Magi,_Artur, lk 10
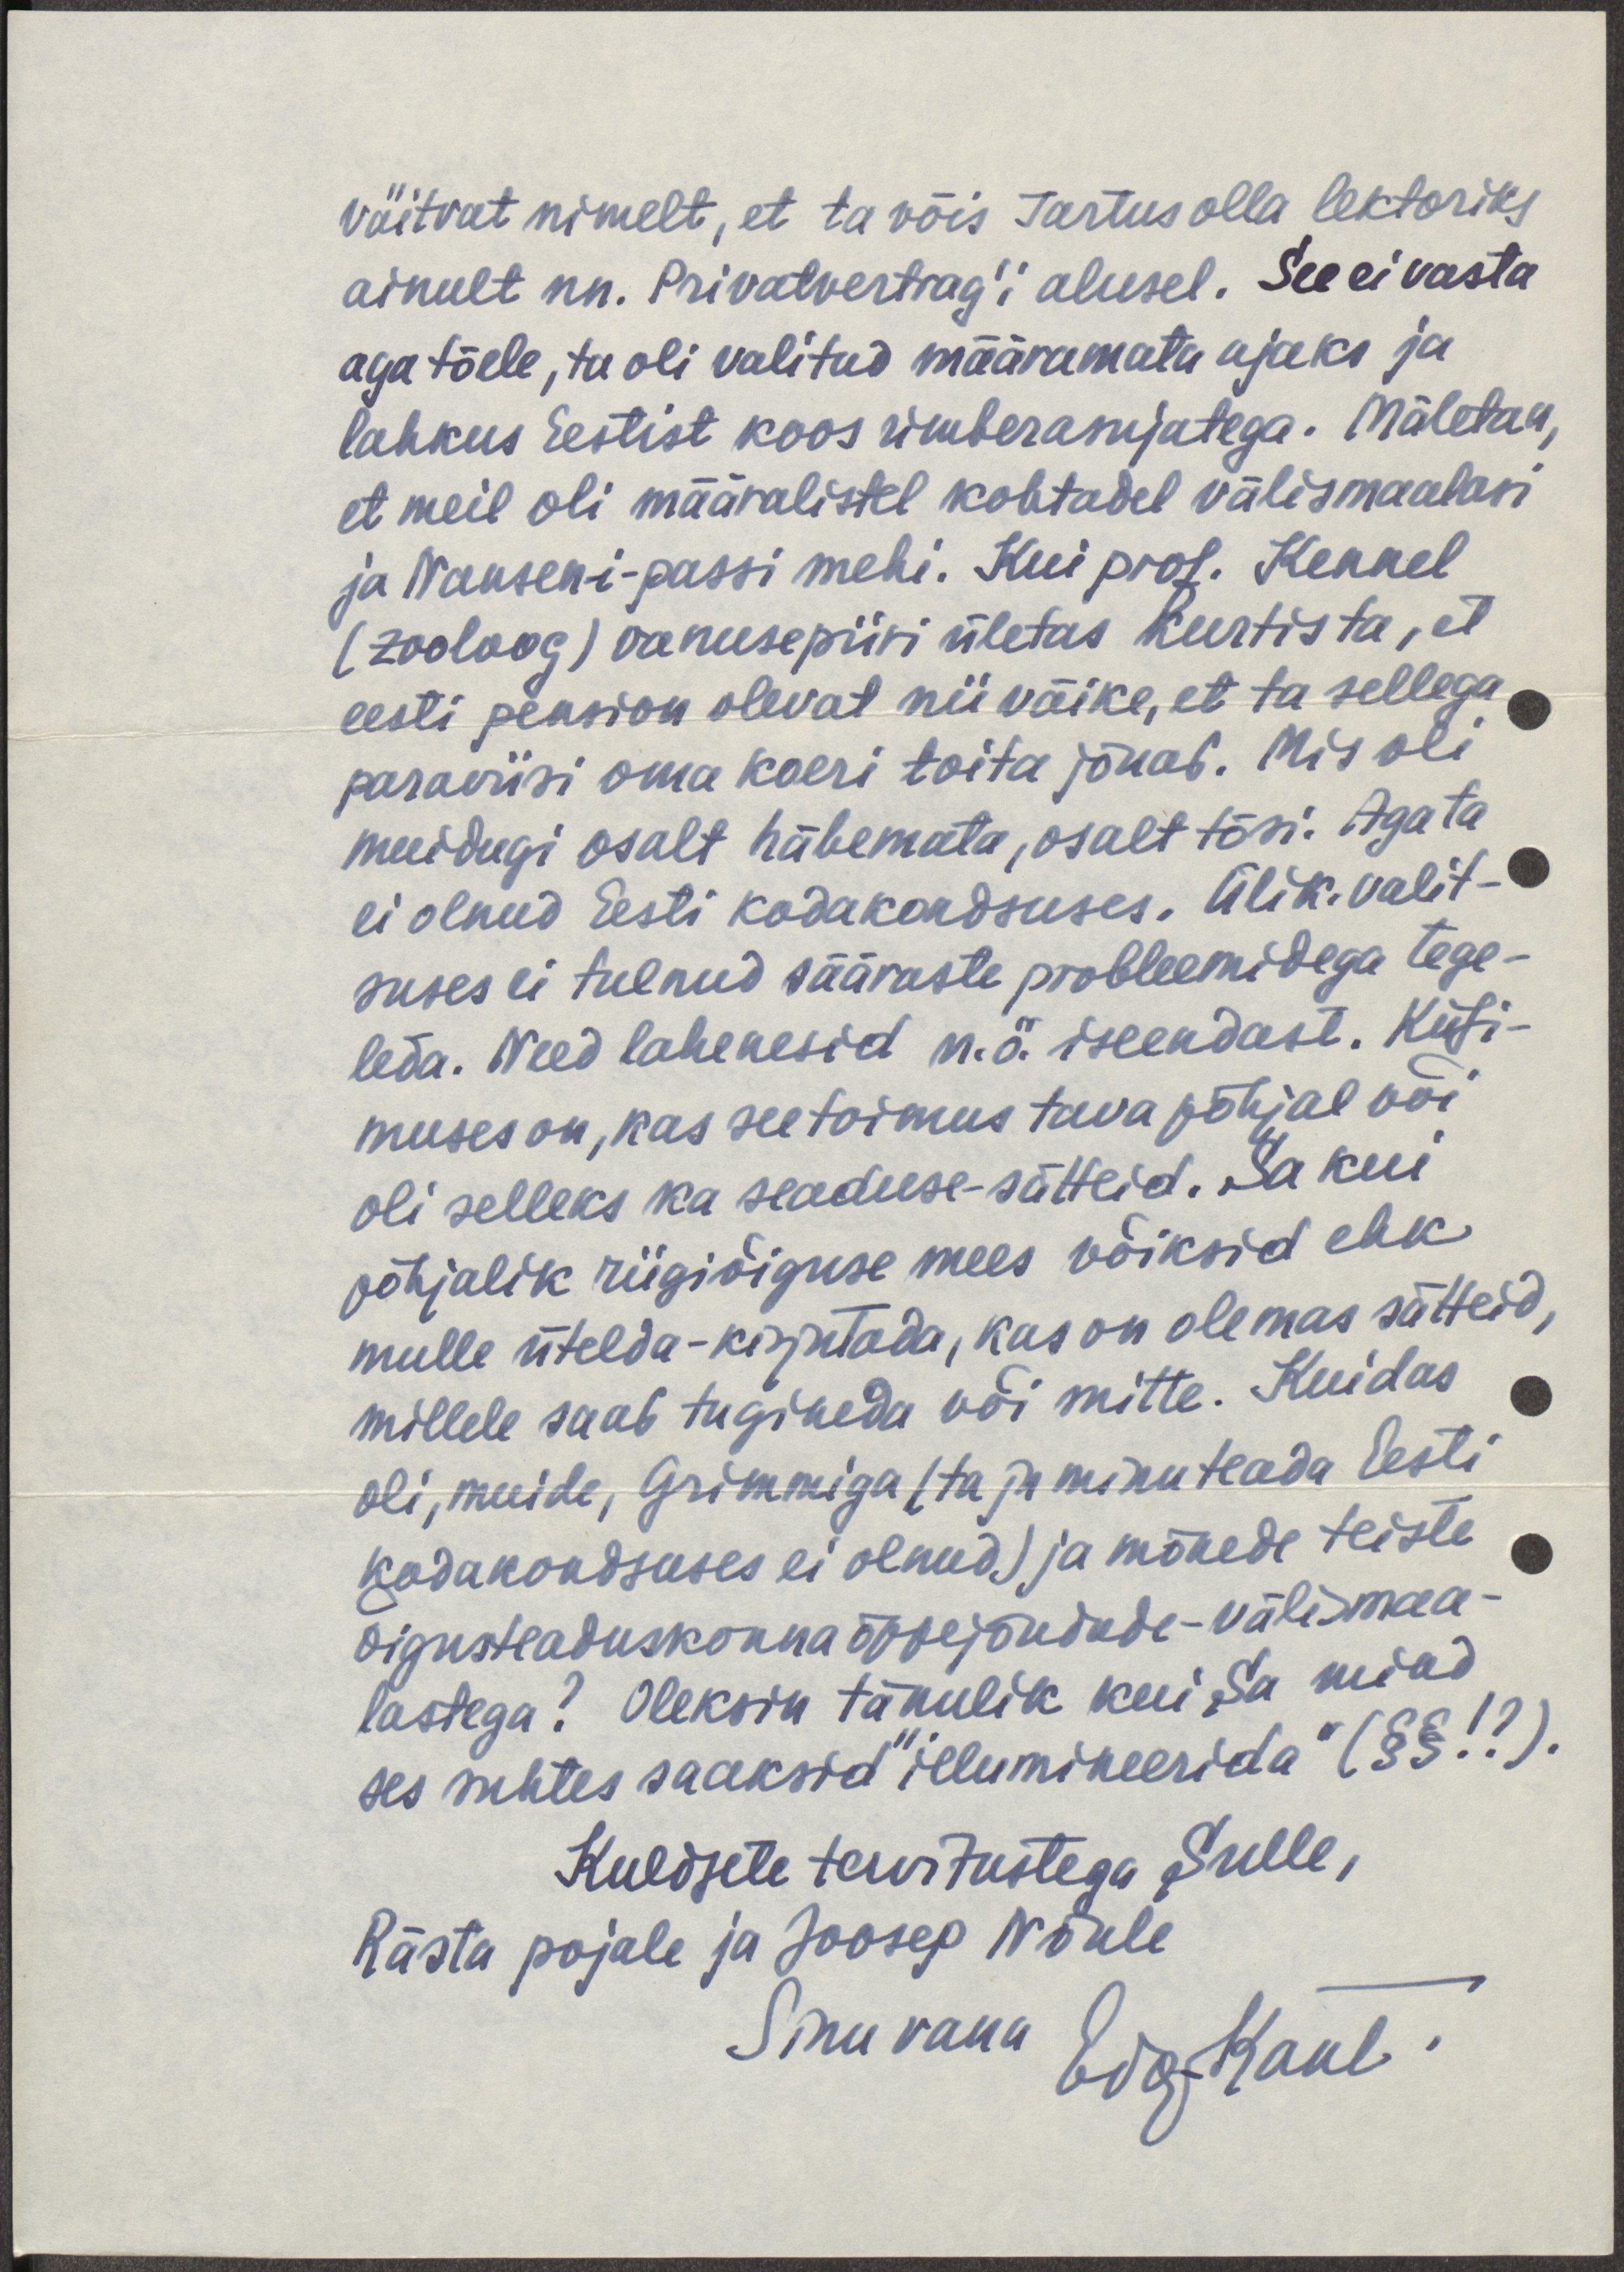
väitvat nimelt, et ta võis Tartus olla lektoriks
ainult nn. Privatvertrag'i alusel. See ei vasta
aga tõele, ta oli valitud määramata ajaks ja
lahkus Eestist koos ümberasujatega. Mäletan,
et meil oli määralistel kohtadel välismaalasi
ja Nansen-i-passi mehi. Kui prof. Kennel
(zooloog) vanusepiiri ületas kurtis ta, et
eesti pension olevat nii väike, et ta sellega
paraviisi oma koeri toita jõuab. Mis oli
muidugi osalt häbemata, osalt tõsi. Aga ta
ei olnud Eesti kodakondsuses. Ülik.valit-
suses ei tulnud sääraste probleemidega tege-
leda. Need lahenesid n.ö. iseendast. Küsi-
muses on, kas see toimus tava põhjal või
oli selleks ka seaduse-sätteid. Sa kui
põhjalik riigiõiguse mees võiksid ehk
mulle ütelda-kirjutada, kas on olemas sätteid,
millele saab tugineda või mitte. Kuidas
oli, muide, Grimmiga (ta ju minuteada Eesti
kodakondsuses ei olnud) ja mõnede teiste
õigusteaduskonna õppejõudude-välismaa-
lastega? Oleksin tänulik kui Sa mind
ses suhtes saaksid "illumineerida" (§§!?).
Kuldsete tervitustega sulle,
Rästa pojale ja Joosep Nõule
Sinu vana Edg Kant